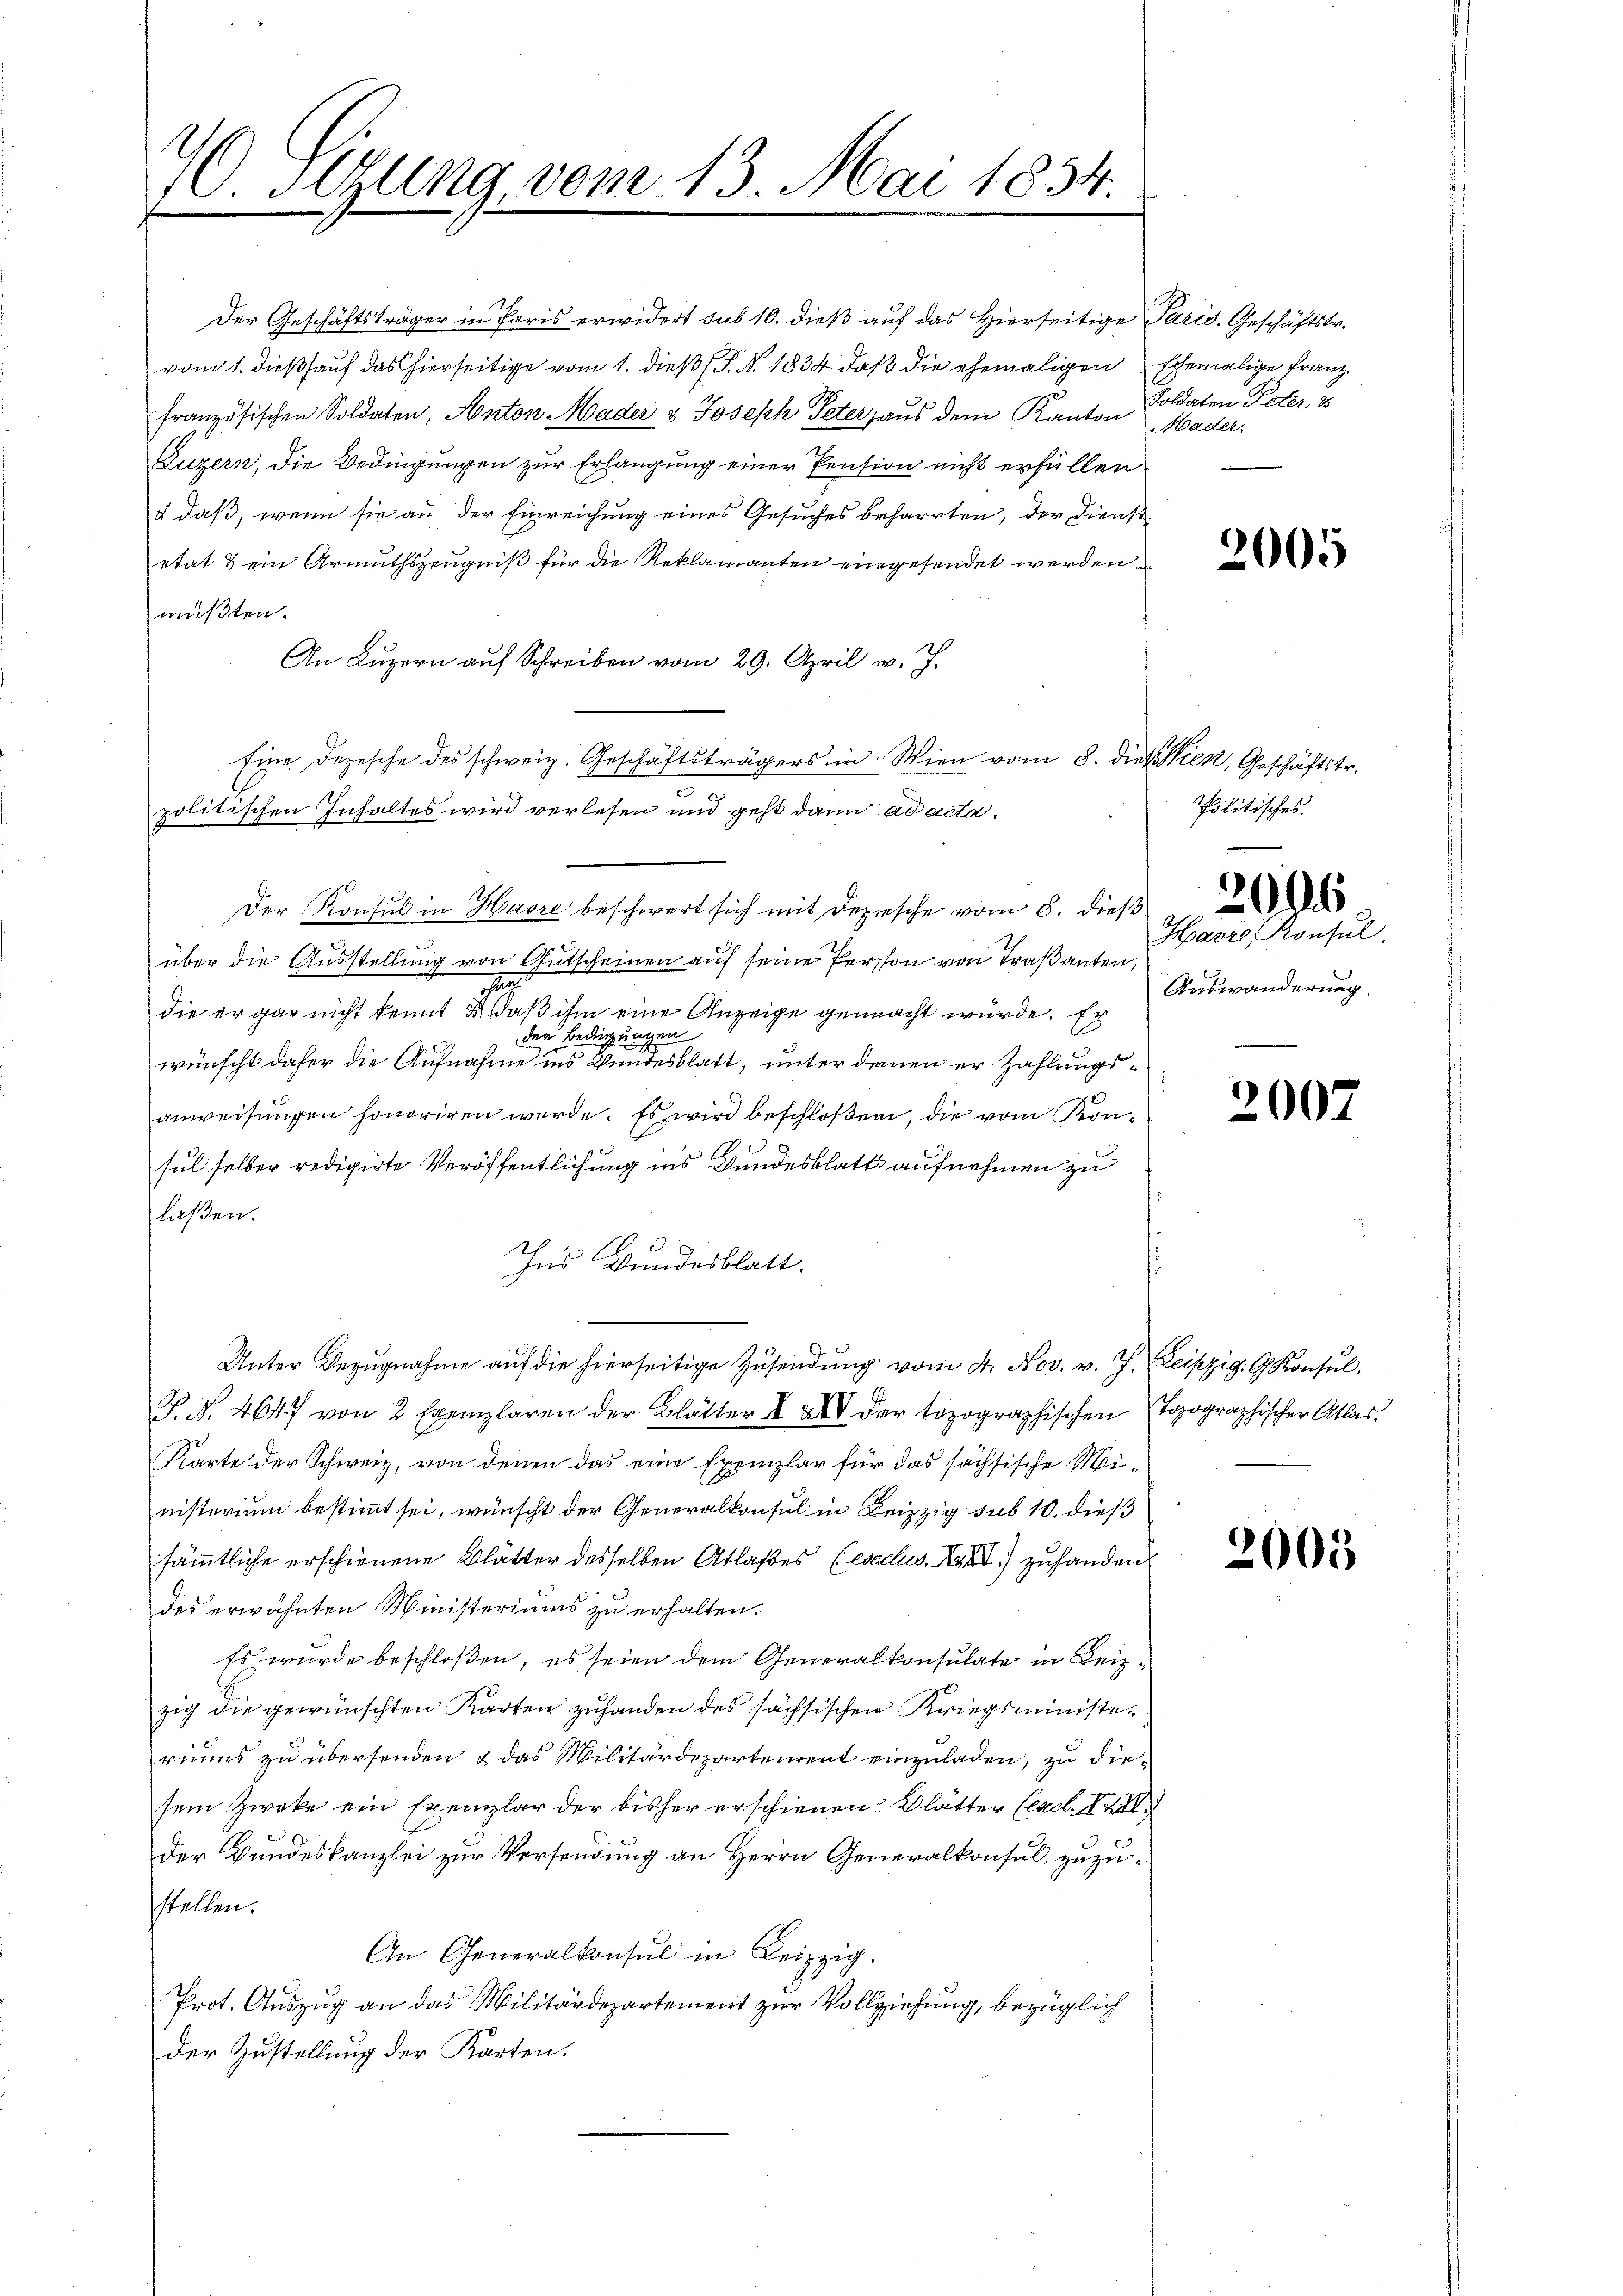
O.Stzung, vom 13. Mai 1834.

Der Geschäftsträger in Paris erwidert sub 10. dieß auf das Hierseitige Paris. Geschäftstr.
vom 1. dieß auf das hierseitige vom 1. dieß (S. N. 1834 daß die ehemaligen schemalige Franz
französischen Soldaten, Anton Mader u Joseph Peter, aus dem Kanton Soldaten Peter
Luzern, die Bedingungen zur Erlangung einer Pension nicht erfüllen
+ daß, wenn sie an der Einreichung eines Gesuches beharrten, der Dienst-
etat & ein Armuthszeugniß für die Reklamanten eingesendet werden,
mußten.
An Luzern auf Schreiben vom 29. April v. J.
Eine Depesche des schweiz. Geschäftsträgers in Wien vom 8. diesen, Geschäftstr.
politischen Inhaltes wird verlesen und geht dann ad acta.
Der Konsul in Havre beschwert sich mit Depesche vom 8. dieß
über die Ausstellung von Gutscheinen auf seine Person von Trasanten,
7
die er gar nicht kennt & daß ihm eine Anzeige gemacht wurde. Er
der Bedingungen
wünscht daher die Aufnahme ins Bundesblatt, unter denen er Zahlungsanweisungen honoriren werde. Es wird beschloßen, die vom Konc
e
sul selber redigirte Veröffentlichung ins Bundesblatt aufnehmen zu
laßen.
Ins Bundesblatt.
s
Unter Bezŭgnahme aŭf die hierseitige Zŭsendŭng vom 4. Nov. v. J. Leipzig. G. Konsŭl.
J. N. 4647 von 2 Exemplaren der Blätter I XIV der topographischen Topographischer Atlas
Karte der Schweiz, von denen das eine Exemplar für das sächsische Ministerium bestimmt sei, wünscht der Generalkonsul in Leipzig sub 10. dieß
sämmtliche erschienene Blätter desselben Atlasses (sechs XXXII.) zuhanden
des erwähnten Ministeriums zu erhalten.
Es wurde beschloßen, es seien dem Generalkonsulate in Beis-
zig die gewünschten Karten zuhanden des sächsischen Kriegsministeriums zu übersenden & das Militärdepartement einzuladen, zu diesem Zweke ein Exemplar der bisher erschienen Blätter (ac. XXII
Der Bundeskanzlei zur Versendung an Herrn Generalkonsul zuzustellen.
An Generalkonsul in Leipzig.
Prot. Auszug an das Militärdepartement zur Vollziehung, bezüglich
Der Zustellung der Karten.

Mader

2005

Politisches.

Havre, Konsul
Auswanderung.

2096

2007

2005